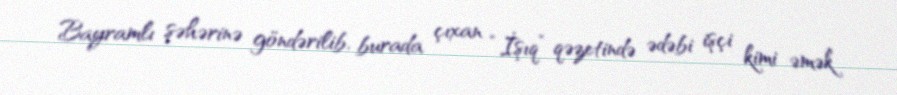
Bayramlı şəhərinə göndərilib, burada çıxan “İşıq” qəzetində ədəbi işçi kimi əmək